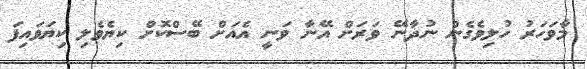
މާވަހަރު ހުލިވެގެން ނުދާނޭ ވަރަށް އޭނާ ވަނީ އެއަށް ބޭސްކޮށް ކިޔެވެލި ކިޔަވައިފަ